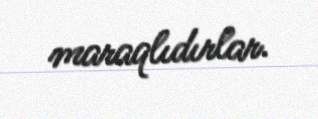
maraqlıdırlar.